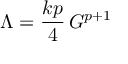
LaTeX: \Lambda = \frac { k p } { 4 } \, { \cal G } ^ { p + 1 }